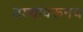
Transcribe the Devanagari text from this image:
ठश्यांवरूनच